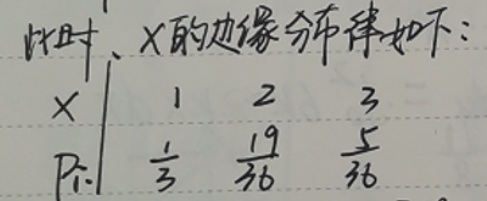
\[
\begin{array}{c|ccc}
X & 1 & 2 & 3 \\
\hline
P_i & \frac{1}{3} & \frac{19}{36} & \frac{5}{36}
\end{array}
\]